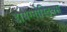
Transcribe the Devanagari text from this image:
डायग्नोस्टिक्स